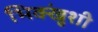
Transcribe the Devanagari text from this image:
भिक्खुंशी